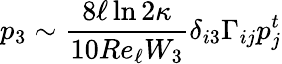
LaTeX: p_{3}\sim\frac{8\ell\ln{2\kappa}}{10Re_{\ell}W_{3}}\delta_{i3}\Gamma_{ij}p_{j}^{t}